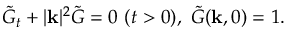
\tilde { G } _ { t } + | \mathbf { k } | ^ { 2 } \tilde { G } = 0 \ ( t > 0 ) , \ \tilde { G } ( \mathbf { k } , 0 ) = 1 .